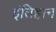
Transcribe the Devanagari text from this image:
इंतिहान